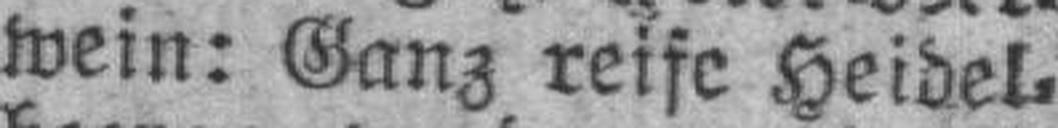
wein: Ganz reife Heidel¬